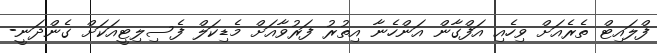
ފްލައިޓް ތެރެއަށް ވިހެއި އަފްގާން އަންހެނާ އިތުރު ފަރުވާއަށް މެޑިކަލް ފެސިލިޓީއަކަށް ގެންދަނީ-